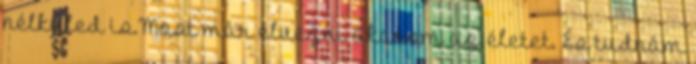
nélküled is.Most már élvezni akarom az életet. És tudnám